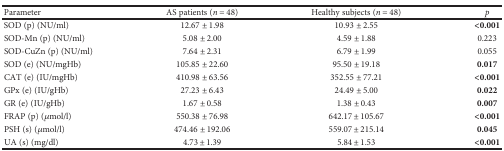
| Parameter | AS patients (n = 48) | Healthy subjects (n = 48) | p |
 | --- | --- | --- | --- |
 | SOD (p) (NU/ml) | 12.67 ± 1.98 | 10.93 ± 2.55 | <0.001 |
 | SOD-Mn (p) (NU/ml) | 5.08 ± 2.00 | 4.59 ± 1.88 | 0.223 |
 | SOD-CuZn (p) (NU/ml) | 7.64 ± 2.31 | 6.79 ± 1.99 | 0.055 |
 | SOD (e) (NU/mgHb) | 105.85 ± 22.60 | 95.50 ± 19.18 | 0.017 |
 | CAT (e) (IU/mgHb) | 410.98 ± 63.56 | 352.55 ± 77.21 | <0.001 |
 | GPx (e) (IU/gHb) | 27.23 ± 6.43 | 24.49 ± 5.00 | 0.022 |
 | GR (e) (IU/gHb) | 1.67 ± 0.58 | 1.38 ± 0.43 | 0.007 |
 | FRAP (p) (μmol/l) | 550.38 ± 76.98 | 642.17 ± 105.67 | <0.001 |
 | PSH (s) (μmol/l) | 474.46 ± 192.06 | 559.07 ± 215.14 | 0.045 |
 | UA (s) (mg/dl) | 4.73 ± 1.39 | 5.84 ± 1.53 | <0.001 |